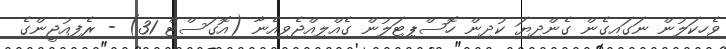
ވެހިކަލުން ނަގައިގެން ގެންދިޔަ ކުދިން ހޮސްޕިޓަލުން ގެއްލިއްޖެވިއެނާ (އޮގަސްޓް 31) - ރެފިއުޖީންގެ